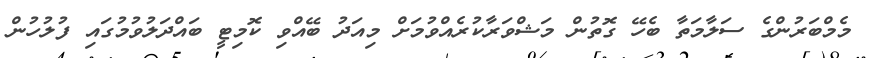
މެމްބަރުންގެ ސަލާމަތާ ބެހޭ ގޮތުން މަޝްވަރާކުރެއްވުމަށް މިއަދު ބޭއްވި ކޮމިޓީ ބައްދަލުވުމުގައި ފުލުހުން